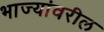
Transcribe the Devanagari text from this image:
भाज्यांवरील